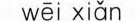
wēi xiǎn